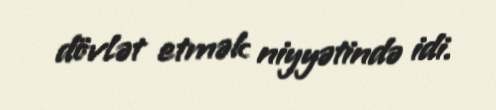
dövlət etmək niyyətində idi.